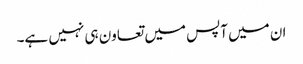
ان میں آپس میں تعاون ہی نہیں ہے۔